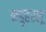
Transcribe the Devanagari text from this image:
कडुहरलू